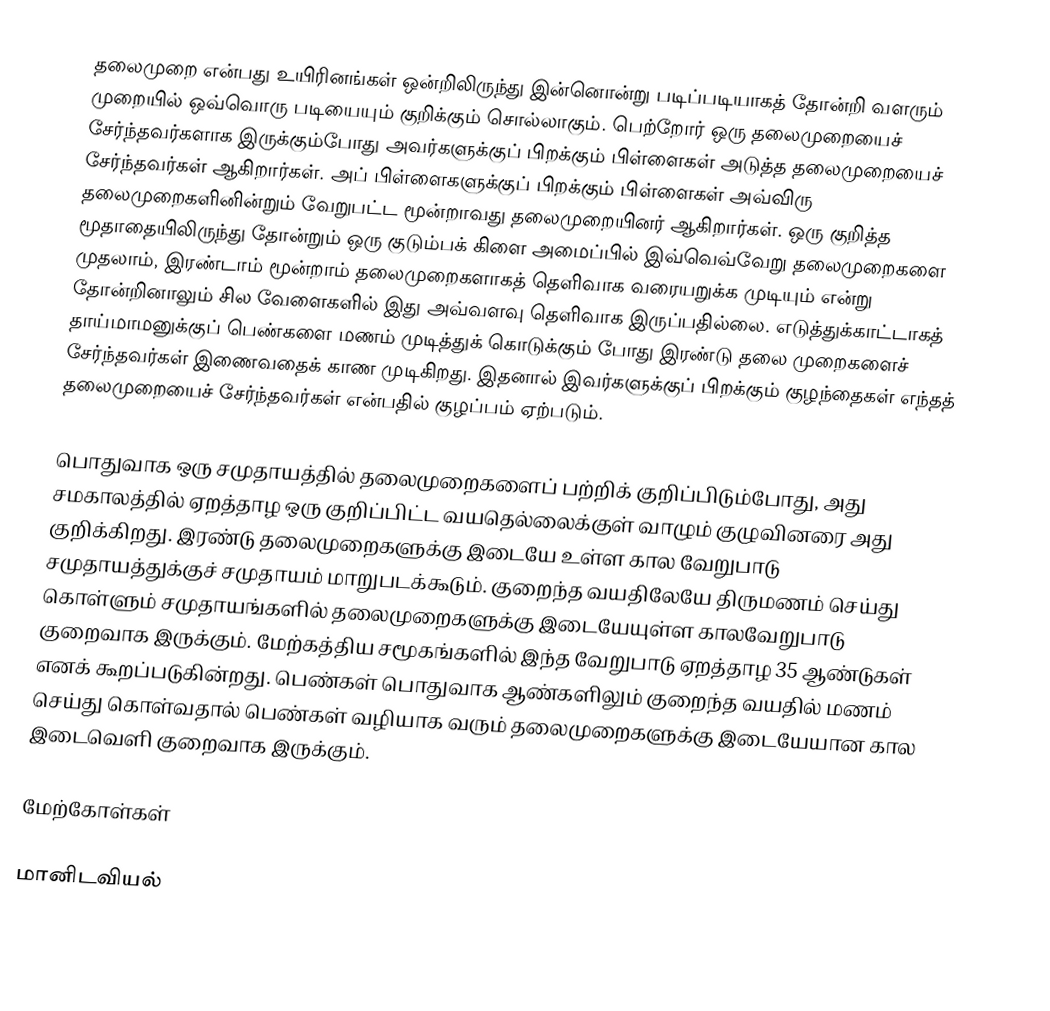
தலைமுறை என்பது உயிரினங்கள் ஒன்றிலிருந்து இன்னொன்று படிப்படியாகத் தோன்றி வளரும் முறையில் ஒவ்வொரு படியையும் குறிக்கும் சொல்லாகும். பெற்றோர் ஒரு தலைமுறையைச் சேர்ந்தவர்களாக இருக்கும்போது அவர்களுக்குப் பிறக்கும் பிள்ளைகள் அடுத்த தலைமுறையைச் சேர்ந்தவர்கள் ஆகிறார்கள். அப் பிள்ளைகளுக்குப் பிறக்கும் பிள்ளைகள் அவ்விரு தலைமுறைகளினின்றும் வேறுபட்ட மூன்றாவது தலைமுறையினர் ஆகிறார்கள். ஒரு குறித்த மூதாதையிலிருந்து தோன்றும் ஒரு குடும்பக் கிளை அமைப்பில் இவ்வெவ்வேறு தலைமுறைகளை முதலாம், இரண்டாம் மூன்றாம் தலைமுறைகளாகத் தெளிவாக வரையறுக்க முடியும் என்று தோன்றினாலும் சில வேளைகளில் இது அவ்வளவு தெளிவாக இருப்பதில்லை. எடுத்துக்காட்டாகத் தாய்மாமனுக்குப் பெண்களை மணம் முடித்துக் கொடுக்கும் போது இரண்டு தலை முறைகளைச் சேர்ந்தவர்கள் இணைவதைக் காண முடிகிறது. இதனால் இவர்களுக்குப் பிறக்கும் குழந்தைகள் எந்தத் தலைமுறையைச் சேர்ந்தவர்கள் என்பதில் குழப்பம் ஏற்படும்.

பொதுவாக ஒரு சமுதாயத்தில் தலைமுறைகளைப் பற்றிக் குறிப்பிடும்போது, அது சமகாலத்தில் ஏறத்தாழ ஒரு குறிப்பிட்ட வயதெல்லைக்குள் வாழும் குழுவினரை அது குறிக்கிறது. இரண்டு தலைமுறைகளுக்கு இடையே உள்ள கால வேறுபாடு சமுதாயத்துக்குச் சமுதாயம் மாறுபடக்கூடும். குறைந்த வயதிலேயே திருமணம் செய்து கொள்ளும் சமுதாயங்களில் தலைமுறைகளுக்கு இடையேயுள்ள காலவேறுபாடு குறைவாக இருக்கும். மேற்கத்திய சமூகங்களில் இந்த வேறுபாடு ஏறத்தாழ 35 ஆண்டுகள் எனக் கூறப்படுகின்றது. பெண்கள் பொதுவாக ஆண்களிலும் குறைந்த வயதில் மணம் செய்து கொள்வதால் பெண்கள் வழியாக வரும் தலைமுறைகளுக்கு இடையேயான கால இடைவெளி குறைவாக இருக்கும்.

மேற்கோள்கள்

மானிடவியல்